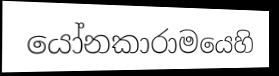
යෝනකාරාමයෙහි